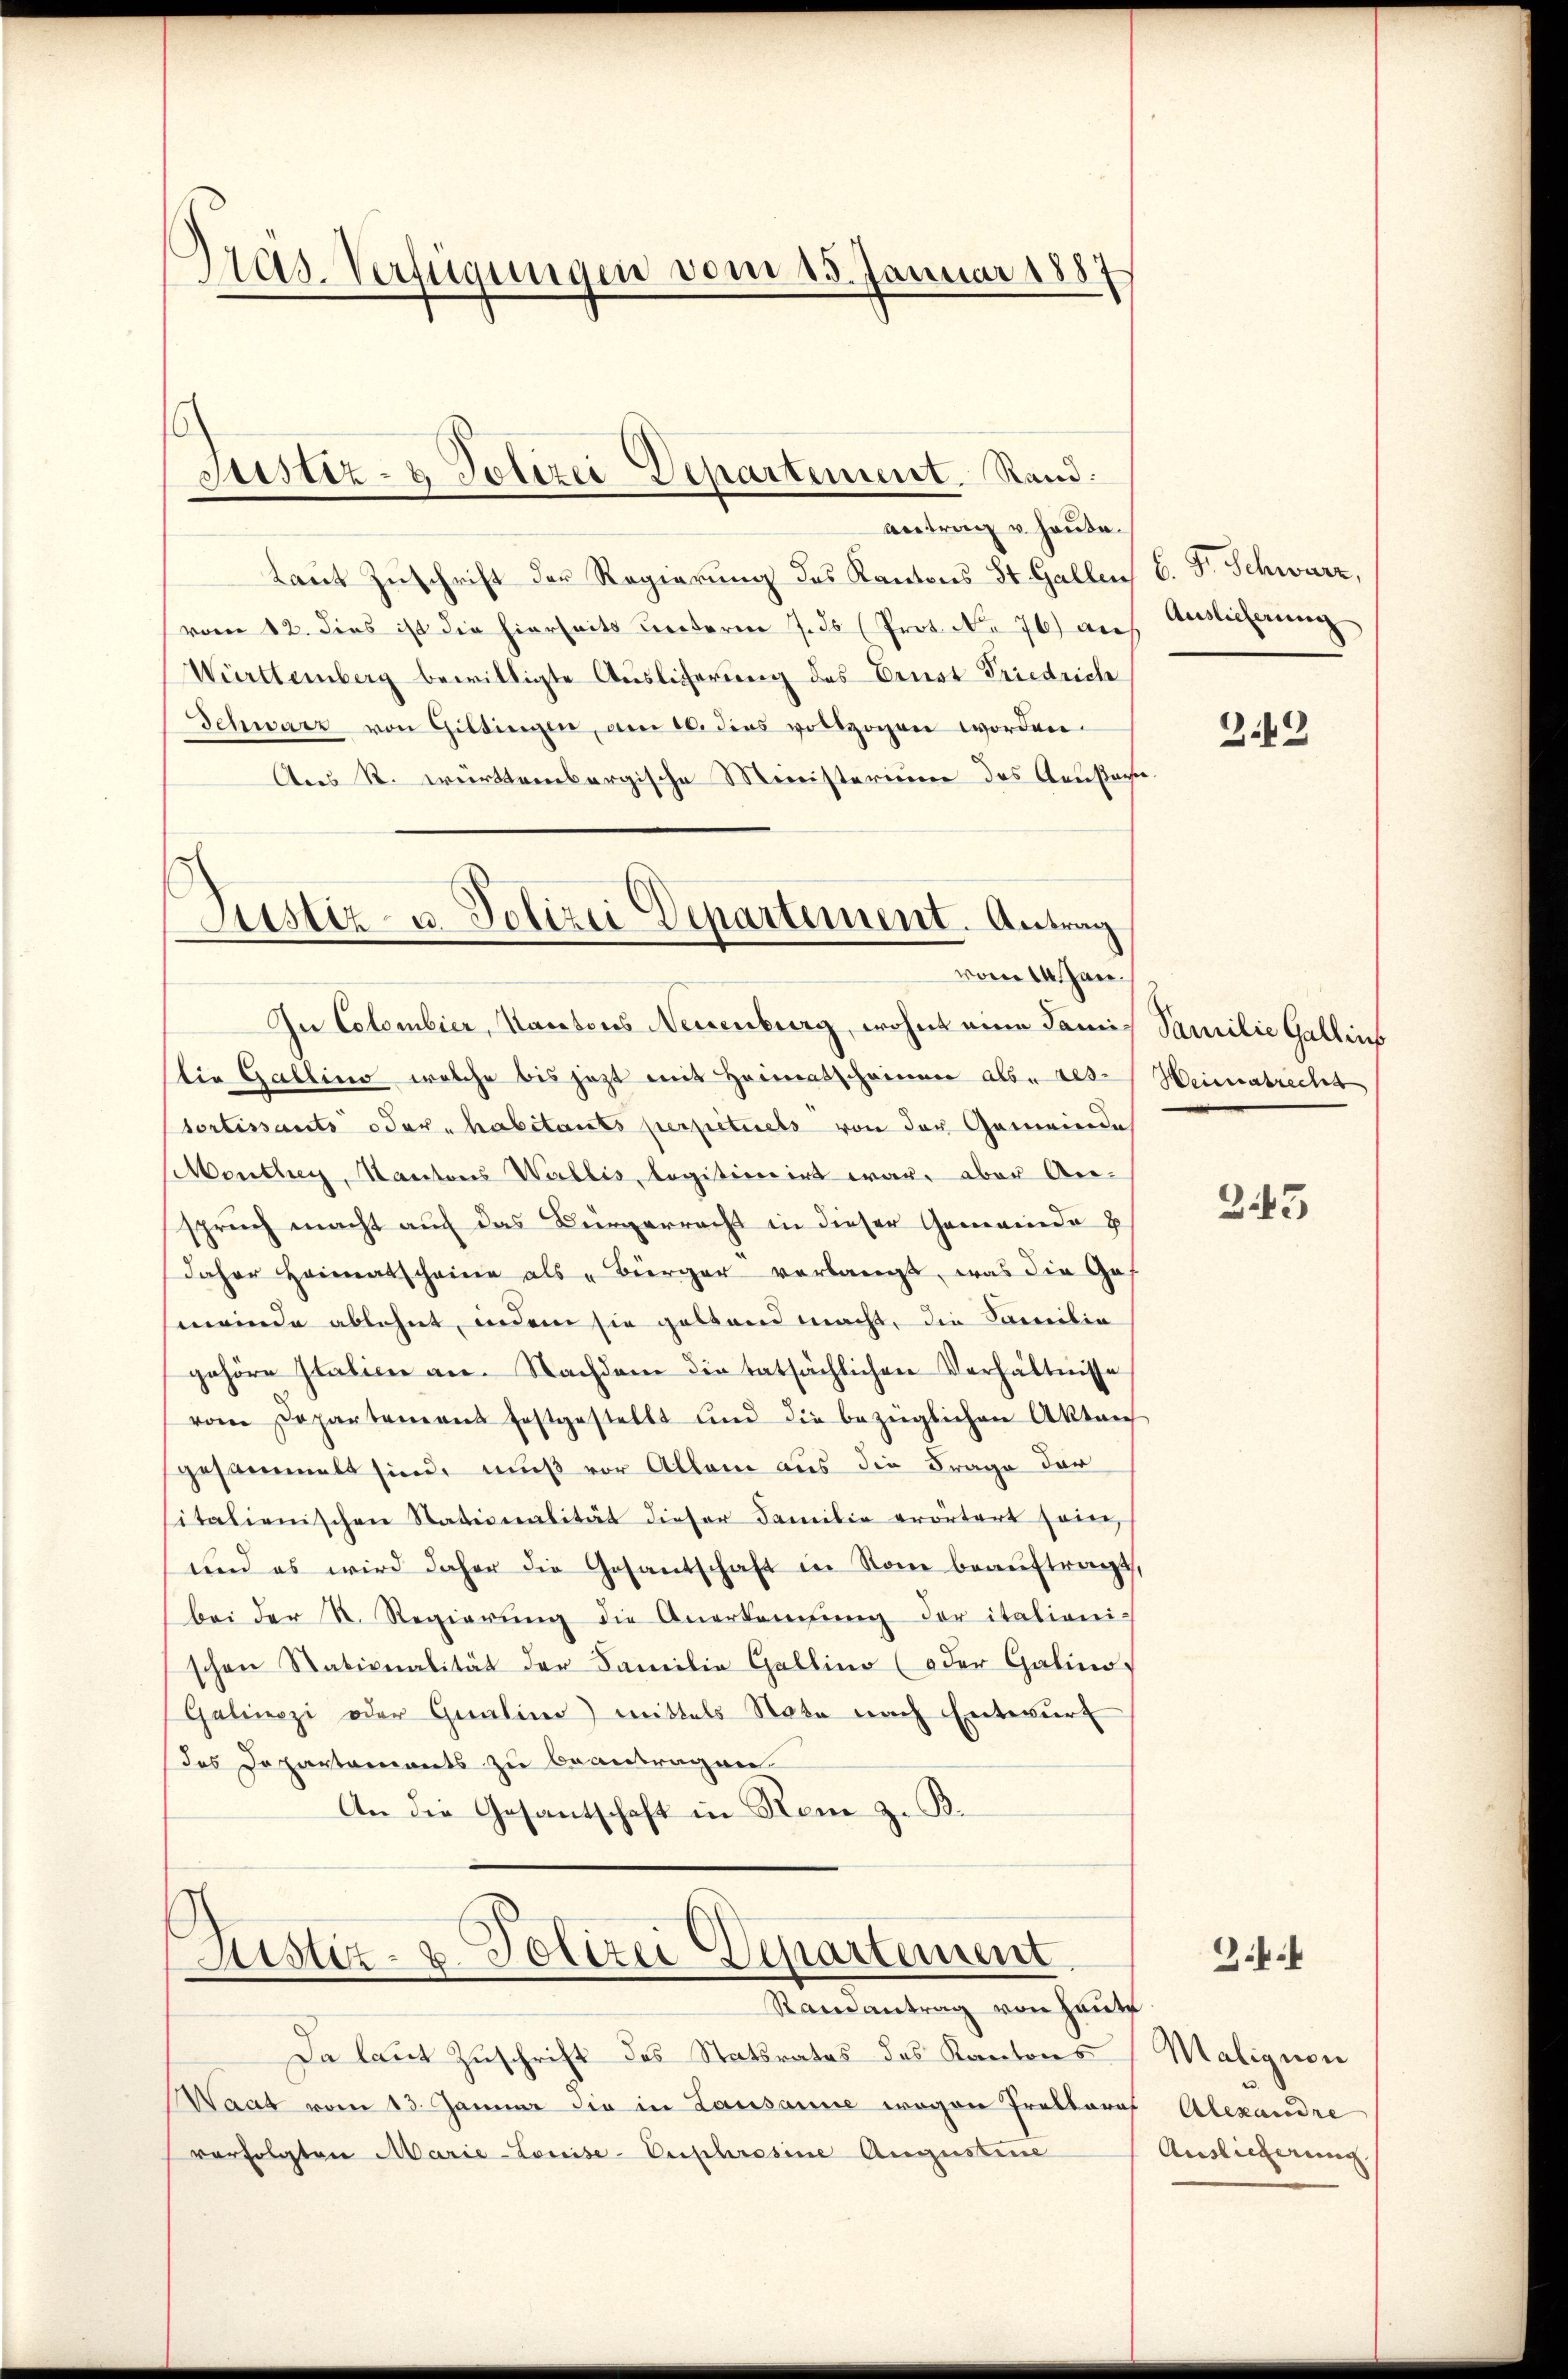
Gras-Verfügungen vom 15. Januar 1887

Justiz- & Polizei Departement. Stand:

antrag u. heute.
taut Zuschrift der Regierung des Kantons St. Gallen C. F. Schwarz,
vom 12. dies ist die hierheits unterm 7. ds (Prot. No 76) auf
Württemberg bewilligte Auslicherung des Ernst Friedrich
Schwarz von Giltingen, am 10. dies vollzogen worden.
Aus R. württembergische Ministerium des Aeustan¬

Justiz- u. Polizei Departement. Antrag
vom 14. Jan.

In Colombier, Kantons Neuenburg, wohnt eine Famis Familie Gallins
tia Gallino, welche bis jetzt mit Heimatscheinen als des Heimatrecht
sortissants oder habitants perpetuels von der Gemeinde
Monthey, Kantons Wallis, legitionirt war, aber Anspruch macht auf das Bürgerracht in dieser Gemeinde
Jaher Heimatscheine als Bürger verlangt, was die Ges
meinde ablehnt, indem sie geltend macht, die Familie
gehöre Italien an. Nachdem die tatsächlichen Verhältnisse
vom Departement festgestellt und die bezüglichen Akten
gesammelt sind, muß vor Allem aus die Frage der
italienischen Stationalität dieser Familie erörtert sein,
und es wird daher die Gesantschaft in Sone beauftragt,
bei der N. Regierung die Anerkennung der italienischen Nationalität der Familie Gallino (oder Galino,
Galinozi oder Qualina) mittels Note nach Entwurf
des Departaments zu beantragen
An die Gesantschaft in Rom z. B.

Justiz- & Polizei Departement

Raisantrag von Haute
Da laut Zuschrift des Statsrates des Kantons
Waat vom 13. Januar die in Lausanne wegen Prakteres Alexandre
verfolgten Marie-Louise-Euphrosine Augustine

Auslieferung

349

343

.

Maligion
Auslieferung